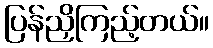
ပြန်ညှိကြည့်တယ်။